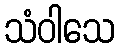
သံဝါသေ